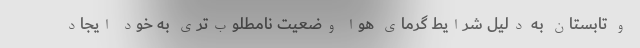
و تابستان به دلیل شرایط گرمای هوا وضعیت نامطلوب‌تری به خود ایجاد